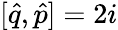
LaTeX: [\hat{q},\hat{p}]=2i